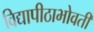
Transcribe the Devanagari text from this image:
विद्यापीठाभोवती